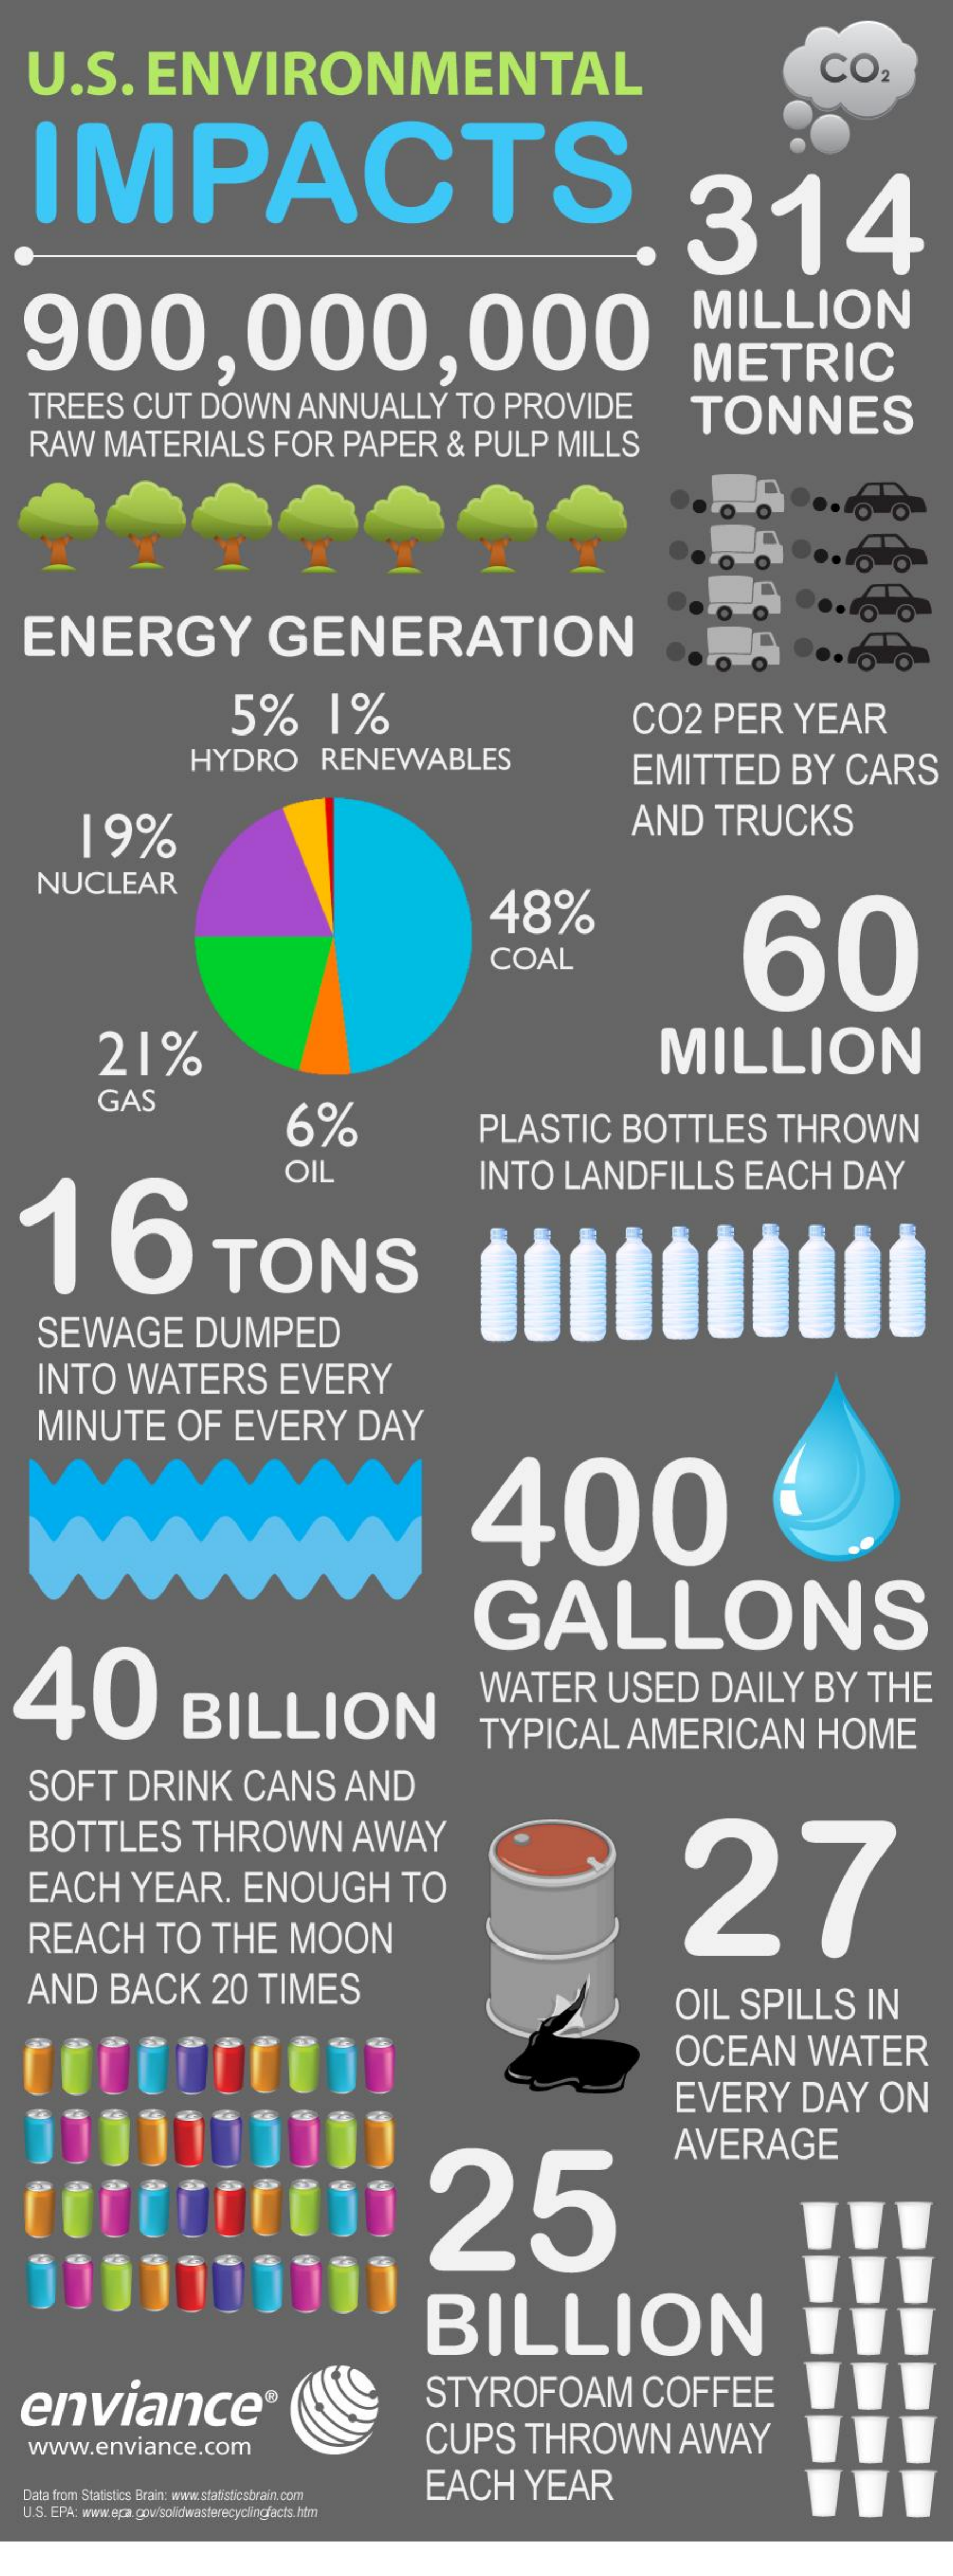
U.S.    ENVIRONMENTAL    CO2
    IMPACTS    314
    900,000,000
     MILLION
     METRIC
     TREES    CUT    DOWN    ANNUALLY    TO    PROVIDE
     RAW    MATERIALS    FOR    PAPER    &    PULP    MILLS
     TONNES
   ENERGY    GENERATION
     5%    1%    CO2    PER    YEAR
     HYDRO    RENEWABLES    EMITTED    BY    CARS
     19%    AND    TRUCKS
     NUCLEAR
     48%
     60 COAL
     21%    MILLION
     GAS
     6%    PLASTIC    BOTTLES    THROWN
    16
     OIL    INTO    LANDFILLS    EACH    DAY
     TONS
     SEWAGE    DUMPED
     INTO    WATERS    EVERY
     MINUTE    OF    EVERY    DAY
     400
  40
     GALLONS
     BILLION
     WATER    USED    DAILY    BY    THE
     TYPICAL    AMERICAN    HOME
     SOFT    DRINK    CANS    AND
    BOTTLES    THROWN    AWAY
     27 EACH YEAR. ENOUGH TO
     REACH    TO    THE    MOON
     AND    BACK    20    TIMES    OIL    SPILLS    IN
     OCEAN    WATER
     EVERY    DAY    ON
     25
     AVERAGE
     BILLION
    enviance®    STYROFOAM    COFFEE
     www.enviance.com    CUPS    THROWN    AWAY
     EACH    YEAR
    Data from Statistics Brain: www.statisticsbrain.com